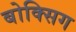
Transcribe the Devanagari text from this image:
बोक्सिग